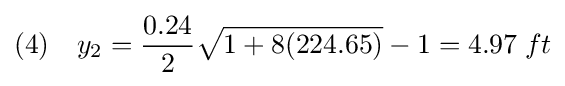
(4)\quad y_{2}={\frac {0.24}{2}}{\sqrt {1+8(224.65)}}-1=4.97\;ft